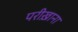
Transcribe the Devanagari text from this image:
परीख़ाना